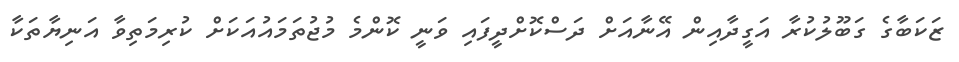
ޒަކަބާގެ ގަބޫލުކުރާ އަގީދާއިން އޭނާއަށް ދަސްކޮށްދީފައި ވަނީ ކޮންމެ މުޖުތަމައުއަކަށް ކުރިމަތިވާ އަނިޔާތަކާ